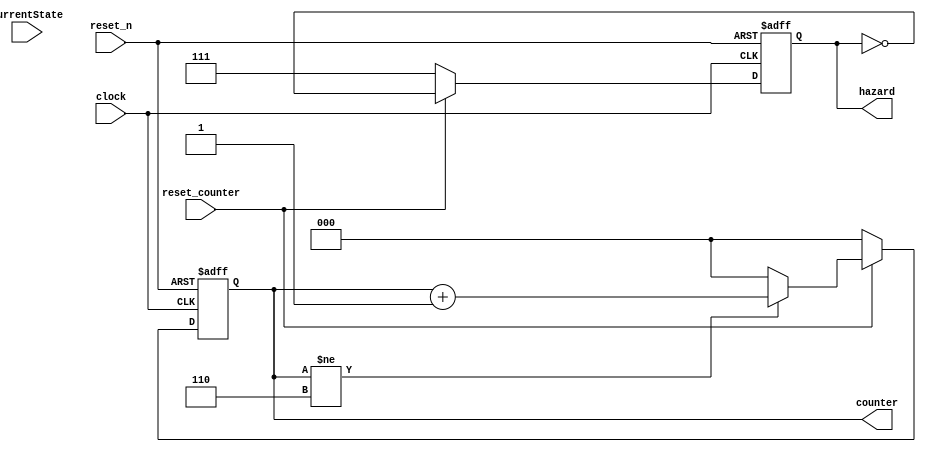
module counter(
    input clock, reset_n, reset_counter,
    input  [3:0] CurrentState,
    output  reg [2:0]counter,
    output reg [2:0]hazard
    
);




always @(posedge clock, negedge reset_n ) 
begin
    
    if (reset_n == 0 )
        begin
            hazard <=3'b111;
            counter <=0;
        end
    else if (reset_counter == 0) begin
            hazard <=3'b111;
            counter <=0;
    end
   
    else if (counter != 6) begin
        counter <= counter +1;
        hazard <= ~hazard;
       
    end
    else
        begin
            hazard <= ~hazard;
            counter <= 0;
        end
    
end

        
        
    
        

endmodule